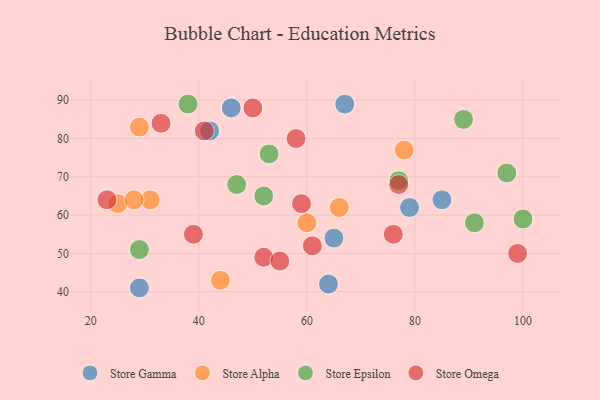
{"axis": {"x": "GDP", "y": "Life Expectancy"}, "legend": ["Store Alpha", "Store Epsilon", "Store Gamma", "Store Omega"], "data": [{"x": "79", "y": 62, "type": "Store Gamma"}, {"x": "64", "y": 42, "type": "Store Gamma"}, {"x": "65", "y": 54, "type": "Store Gamma"}, {"x": "46", "y": 88, "type": "Store Gamma"}, {"x": "67", "y": 89, "type": "Store Gamma"}, {"x": "42", "y": 82, "type": "Store Gamma"}, {"x": "85", "y": 64, "type": "Store Gamma"}, {"x": "29", "y": 41, "type": "Store Gamma"}, {"x": "44", "y": 43, "type": "Store Alpha"}, {"x": "31", "y": 64, "type": "Store Alpha"}, {"x": "66", "y": 62, "type": "Store Alpha"}, {"x": "78", "y": 77, "type": "Store Alpha"}, {"x": "60", "y": 58, "type": "Store Alpha"}, {"x": "25", "y": 63, "type": "Store Alpha"}, {"x": "28", "y": 64, "type": "Store Alpha"}, {"x": "29", "y": 83, "type": "Store Alpha"}, {"x": "89", "y": 85, "type": "Store Epsilon"}, {"x": "53", "y": 76, "type": "Store Epsilon"}, {"x": "52", "y": 65, "type": "Store Epsilon"}, {"x": "91", "y": 58, "type": "Store Epsilon"}, {"x": "77", "y": 69, "type": "Store Epsilon"}, {"x": "100", "y": 59, "type": "Store Epsilon"}, {"x": "47", "y": 68, "type": "Store Epsilon"}, {"x": "38", "y": 89, "type": "Store Epsilon"}, {"x": "29", "y": 51, "type": "Store Epsilon"}, {"x": "97", "y": 71, "type": "Store Epsilon"}, {"x": "52", "y": 49, "type": "Store Omega"}, {"x": "77", "y": 68, "type": "Store Omega"}, {"x": "41", "y": 82, "type": "Store Omega"}, {"x": "76", "y": 55, "type": "Store Omega"}, {"x": "59", "y": 63, "type": "Store Omega"}, {"x": "50", "y": 88, "type": "Store Omega"}, {"x": "33", "y": 84, "type": "Store Omega"}, {"x": "58", "y": 80, "type": "Store Omega"}, {"x": "39", "y": 55, "type": "Store Omega"}, {"x": "23", "y": 64, "type": "Store Omega"}, {"x": "55", "y": 48, "type": "Store Omega"}, {"x": "61", "y": 52, "type": "Store Omega"}, {"x": "99", "y": 50, "type": "Store Omega"}]}